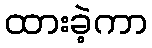
ထားခဲ့ကာ